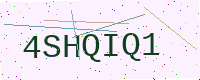
Text: 4SHQIQ1